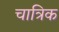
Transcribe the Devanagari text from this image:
चात्रिक